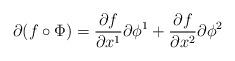
LaTeX: \begin{align*}\partial (f\circ \Phi) = \frac{\partial f}{\partial x^1} \partial \phi^1 +\frac{\partial f}{\partial x^2} \partial \phi^2\end{align*}